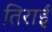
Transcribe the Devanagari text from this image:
तिराई